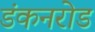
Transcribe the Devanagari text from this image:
डंकनरोड